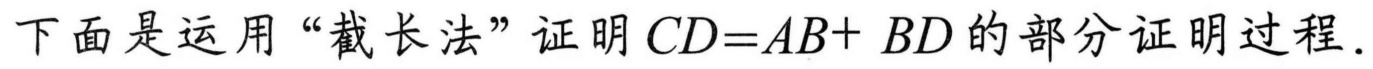
下面是运用“截长法”证明 \(CD = AB + BD\) 的部分证明过程.